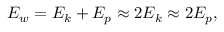
E _ { w } = E _ { k } + E _ { p } \approx 2 E _ { k } \approx 2 E _ { p } ,